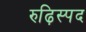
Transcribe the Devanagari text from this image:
रुढ़िस्पद